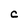
Character: C